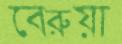
বেরুয়া